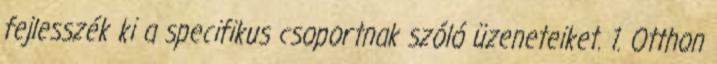
fejlesszék ki a specifikus csoportnak szóló üzeneteiket. 1. Otthon